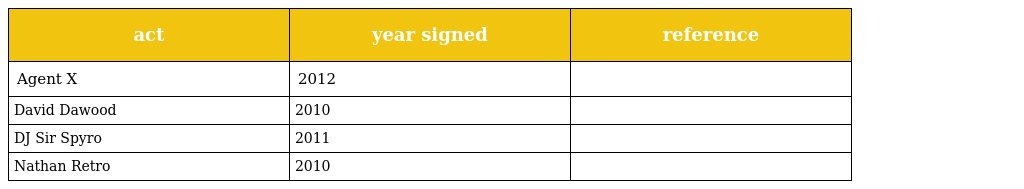
| act | year signed | reference |
 | --- | --- | --- |
 | Agent X | 2012 |  |
 | David Dawood | 2010 |  |
 | DJ Sir Spyro | 2011 |  |
 | Nathan Retro | 2010 |  |